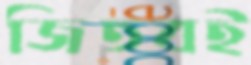
জিতবই